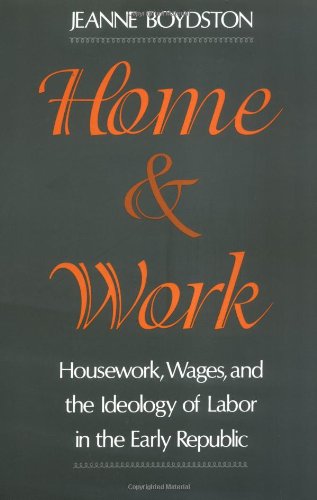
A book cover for Home and Work: Housework, Wages, and the Ideology of Labor in the Early Republic; Jeanne Boydston; Business & Money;